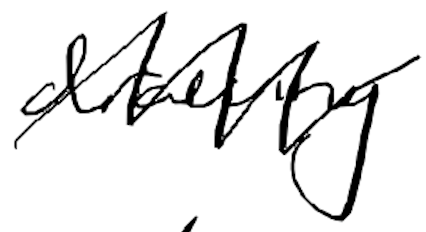
Text: drawing
Cross-out: zig-zag
Writing tool: digital_black